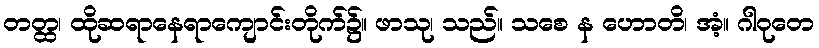
တတ္ထ၊ ထိုဆရာနေရာကျောင်းတိုက်၌။ ဖာသု၊ သည်။ သစေ န ဟောတိ၊ အံ့။ ဂါဝုတေ